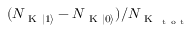
( N _ { \mathrm { ~ K ~ } \lvert 1 \rangle } - N _ { \mathrm { ~ K ~ } \lvert 0 \rangle } ) / N _ { \mathrm { ~ K ~ } _ { \mathrm { ~ t ~ o ~ t ~ } } }